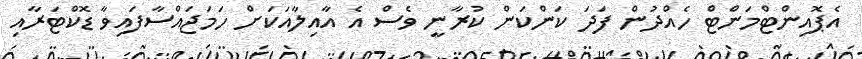
އެޕޮއިންޓްމަންޓް ހެއްދުން ފަދަ ކަންކަން ކުރާނީ ވެސް އެ އާއިލާއަކަށް ހަމަޖައްސާފައިވާ ޑޮކްޓަރާއި